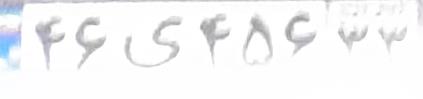
۴۶ی۴۵۶۳۳